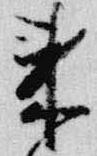
来